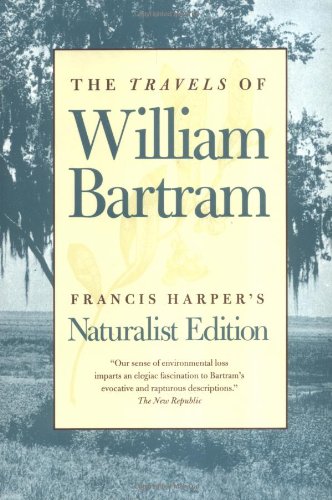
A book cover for The Travels of William Bartram: Naturalist Edition; William Bartram; Travel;